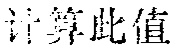
计算此值